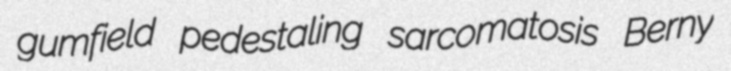
gumfield pedestaling sarcomatosis Berny